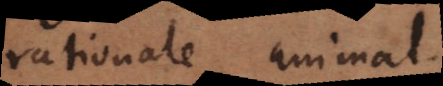
rationale animal.